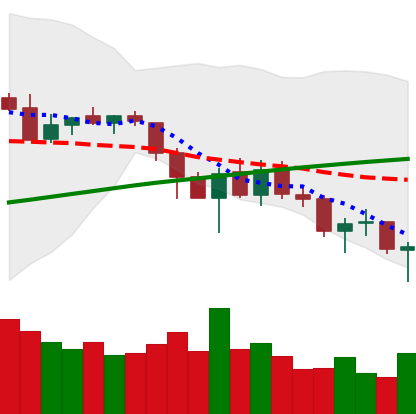
Ticker: LTC-USD
Chart end date: 2018-03-18
Forward return: 8.929%
Label: up_7plus